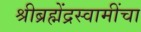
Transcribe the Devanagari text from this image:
श्रीब्रह्मेंद्रस्वामींचा